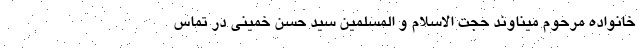
خانواده مرحوم میناوند حجت الاسلام و المسلمین سید حسن خمینی در تماس